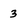
Character: 3